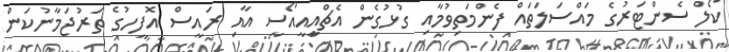
ކޯލް ސެންޓަރުގެ މައްސަލަތައް ފެންމަތިވުމާއި ގުޅުގެން އެޗްއިީއީއޯސީ އާއި ރައީސް އޮފީހުގެ ތަރުޖަމާނުކަން